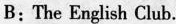
B：The English Club.